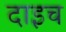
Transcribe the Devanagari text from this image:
दाइच